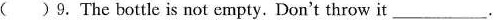
()9. The bottle is not empty. Don't throw it___.